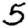
Digit: 5